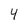
Character: 4